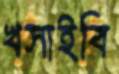
খসাইবি